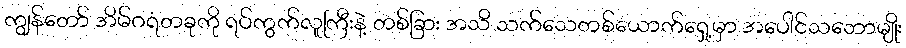
ကျွန်တော် အိမ်ဂရံတခုကို ရပ်ကွက်လူကြီးနဲ့ တစ်ခြား အသိ သက်သေတစ်ယောက်ရှေ့မှာ အပေါင်သဘောမျိုး